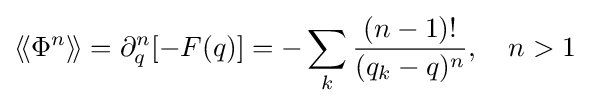
\langle \!\langle \Phi ^{n}\rangle \!\rangle =\partial _{q}^{n}[-F(q)]=-\sum _{k}{\frac {(n-1)!}{(q_{k}-q)^{n}}},\quad n>1